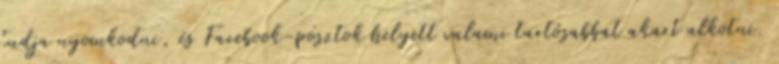
tudja nyomkodni, és Facebook-posztok helyett valami tartósabbat akart alkotni.